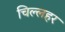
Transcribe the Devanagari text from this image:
चिल्लहर